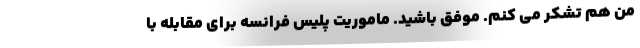
من هم تشکر می کنم. موفق باشید. ماموریت پلیس فرانسه برای مقابله با